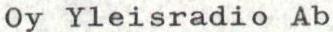
Oy Yleisradio Ab